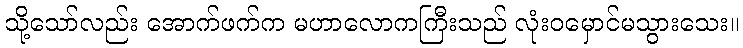
သို့သော်လည်း အောက်ဖက်က မဟာလောကကြီးသည် လုံးဝမှောင်မသွားသေး။